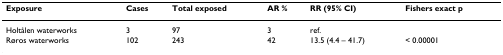
<table><thead><tr><td><b>Exposure</b></td><td><b>Cases</b></td><td><b>Total exposed</b></td><td><b>AR %</b></td><td><b>RR (95% CI)</b></td><td><b>Fishers exact p</b></td></tr></thead><tbody><tr><td>Holtålen waterworks</td><td>3</td><td>97</td><td>3</td><td>ref.</td><td></td></tr><tr><td>Røros waterworks</td><td>102</td><td>243</td><td>42</td><td>13.5 (4.4 – 41.7)</td><td>&lt; 0.00001</td></tr></tbody></table>